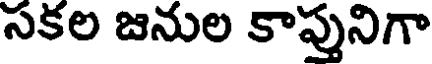
సకల జనుల కాప్తునిగా